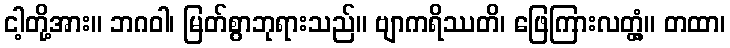
ငါ့တို့အား။ ဘဂဝါ၊ မြတ်စွာဘုရားသည်။ ဗျာကရိဿတိ၊ ဖြေကြားလတ္တံ့။ တထာ၊